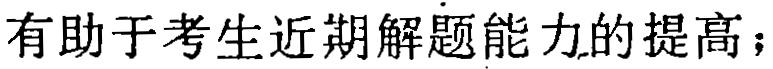
有助于考生近期解题能力的提高；